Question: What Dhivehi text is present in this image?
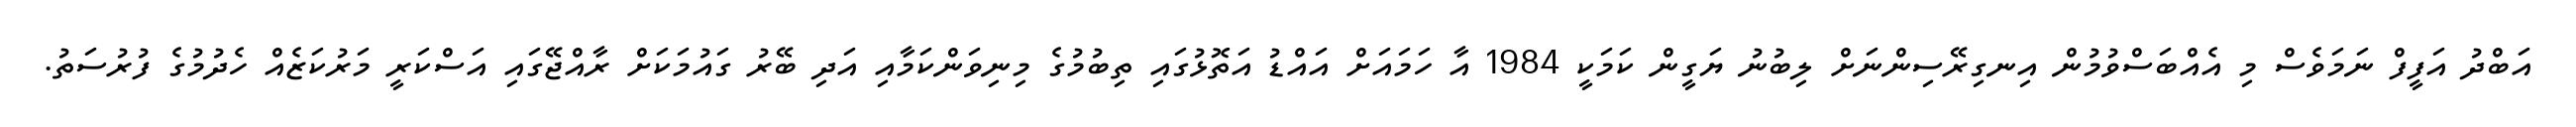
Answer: އަބްދު އަފީފް ނަމަވެސް މި އެއްބަސްވުމުން އިނގިރޭސިންނަށް ލިބުނު ޔަގީން ކަމަކީ 1984 އާ ހަމައަށް އައްޑު އަތޮޅުގައި ތިބުމުގެ މިނިވަންކަމާއި އަދި ބޭރު ގައުމަކަށް ރާއްޖޭގައި އަސްކަރީ މަރުކަޒެއް ހެދުމުގެ ފުރުސަތު.